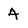
Character: 4